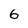
Character: 6